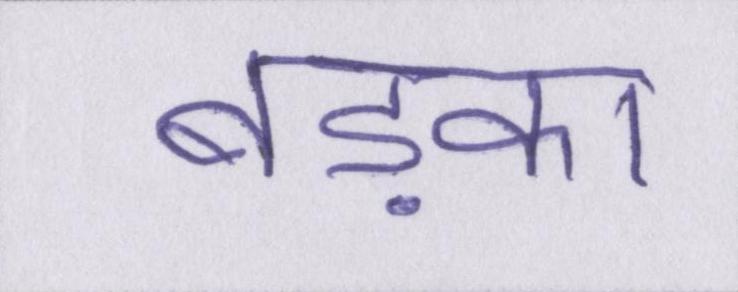
बड़का